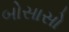
બોસાસો